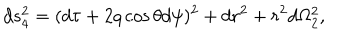
LaTeX: d s _ { 4 } ^ { 2 } = ( d \tau + 2 q \cos \theta d \psi ) ^ { 2 } + d r ^ { 2 } + r ^ { 2 } d \Omega _ { 2 } ^ { 2 } ,